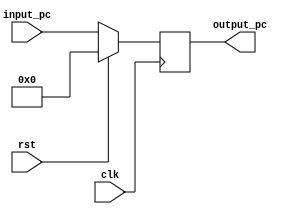
`timescale 1ns/1ps

module PC(
    input [31:0] input_pc,
    input clk,
    input rst,
    output reg [31:0] output_pc
    );

    always @(posedge clk) begin
        if (rst) output_pc <= 0;
        else output_pc <= input_pc;
    end
endmodule